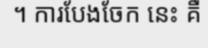
។ ការបែងចែក នេះ គឺ